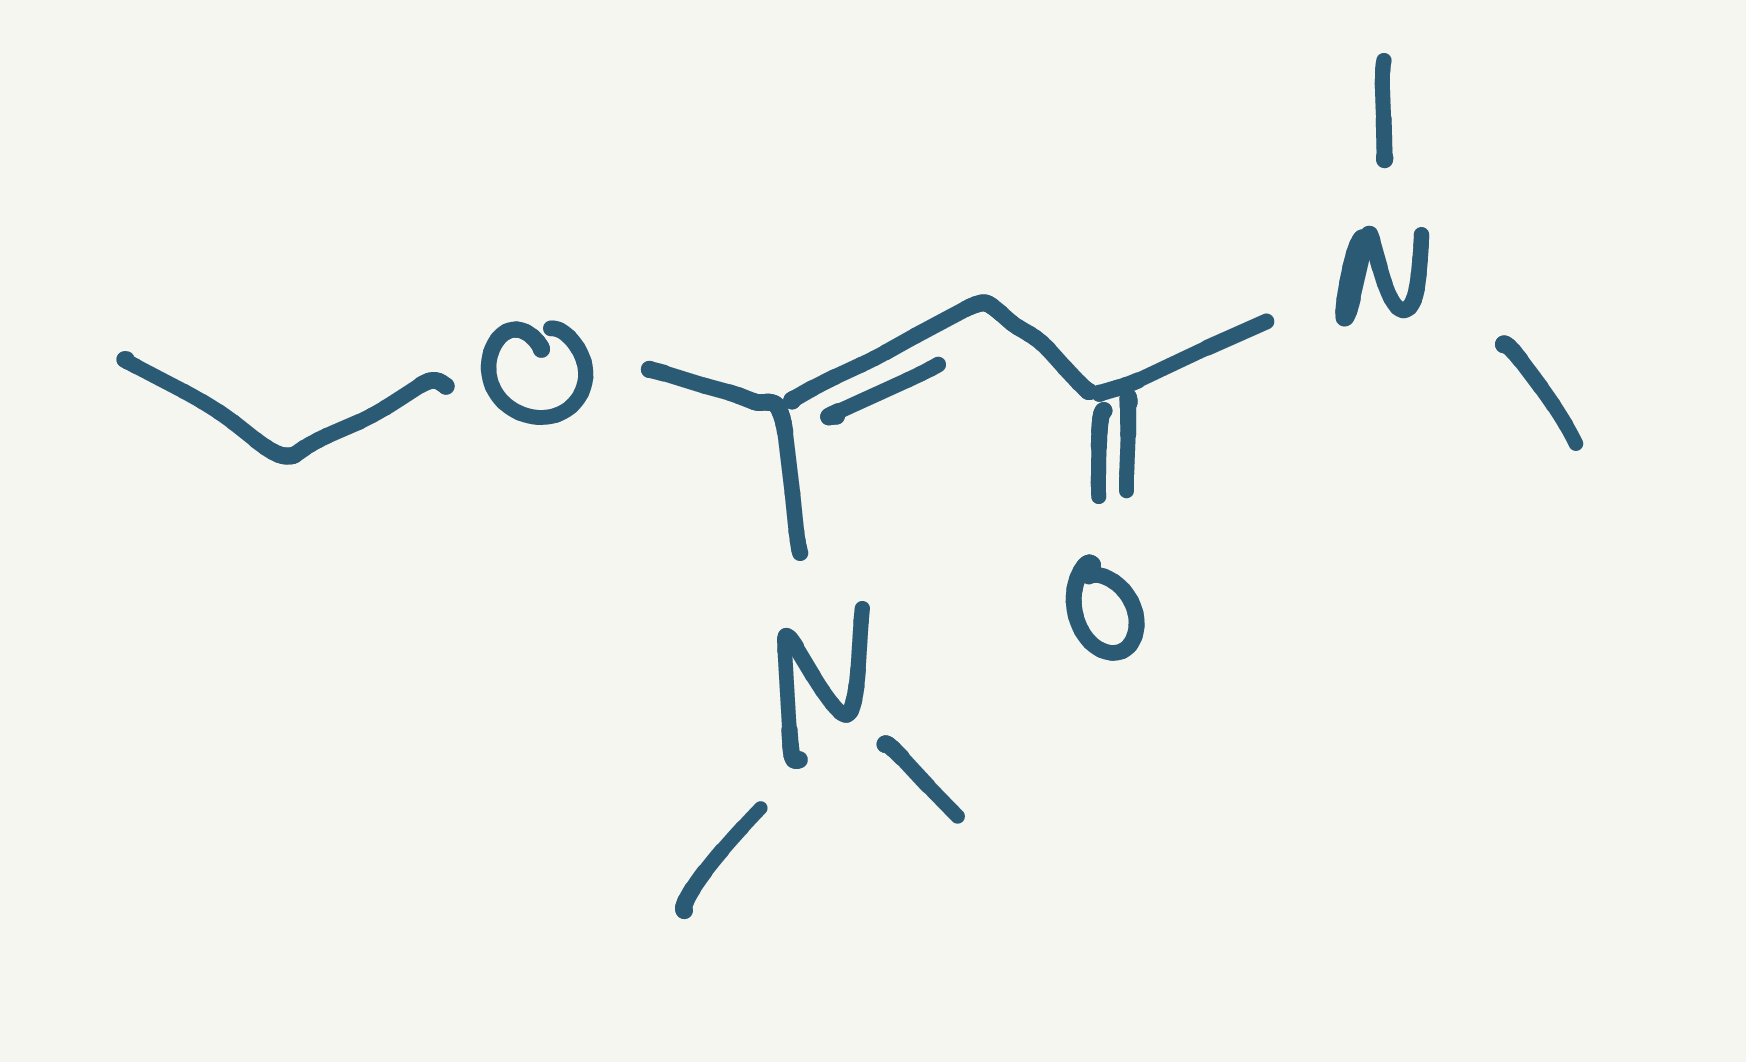
Simplified molecular-input line-entry system (SMILES) notation of the given molecule:
CCO/C(=C/C(=O)N(C)C)/N(C)C